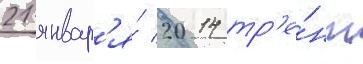
21 январ'я́ 2014 тр'е́нт